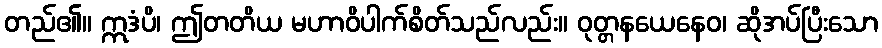
တည်၏။ ဣဒံပိ၊ ဤတတိယ မဟာဝိပါက်စိတ်သည်လည်း။ ဝုတ္တနယေနေဝ၊ ဆိုအပ်ပြီးသော